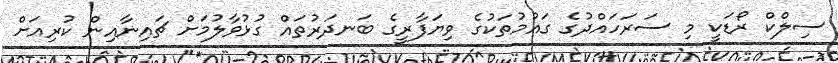
ސިލްކް ރޯޑަކީ މި ސަރަހައްދުގެ ގައުމުތަކުގެ ވިޔަފާރީގެ ބަނދަރުތައް ގުޅުވާލުމަށް ޗައިނާއިން ކުރިއަށް